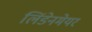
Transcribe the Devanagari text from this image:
लिंडेनमेयर